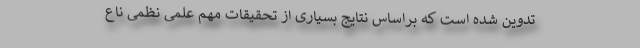
تدوین شده است که براساس نتایج بسیاری از تحقیقات مهم علمی نظمی ناع